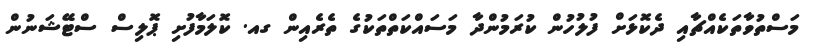
މަސްތުވާތަކެއްޗާއި ދެކޮޅަށް ފުލުހުން ކުރަމުންދާ މަސައްކަތްތަކުގެ ތެރެއިން ގއ. ކޮލަމާފުށި ޕޮލިސް ސްޓޭޝަނުން